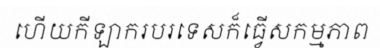
ហើយកីឡាករបរទេសក៏ធ្វើសកម្មភាព